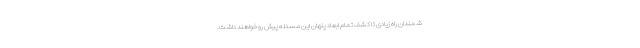
شمندان راه زیادی تا کشف تمام ابعاد پنهان این مسئله پیش رو خواهند داشت.